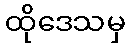
ထိုဒေသမှ